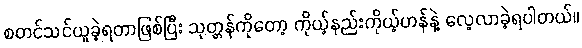
စတင်သင်ယူခဲ့ရတာဖြစ်ပြီး သုတ္တန်ကိုတော့ ကိုယ့်နည်းကိုယ့်ဟန်နဲ့ လေ့လာခဲ့ရပါတယ်။